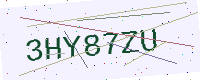
Text: 3HY87ZU